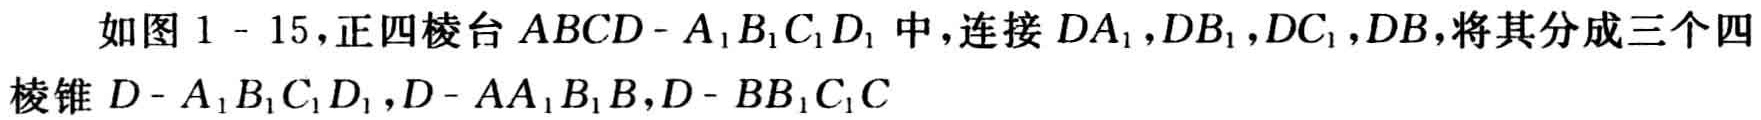
如图1 - 15，正四棱台 \(ABCD - A_{1}B_{1}C_{1}D_{1}\) 中，连接 \(DA_{1}\)，\(DB_{1}\)，\(DC_{1}\)，\(DB\)，将其分成三个四棱锥 \(D - A_{1}B_{1}C_{1}D_{1}\)，\(D - AA_{1}B_{1}B\)，\(D - BB_{1}C_{1}C\)